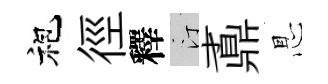
袍徑釋汀鼒㤙